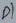
Text: P1